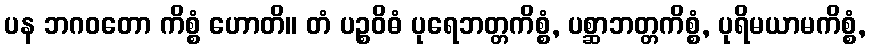
ပန ဘဂဝတော ကိစ္စံ ဟောတိ။ တံ ပဉ္စဝိဓံ ပုရေဘတ္တကိစ္စံ, ပစ္ဆာဘတ္တကိစ္စံ, ပုရိမယာမကိစ္စံ,